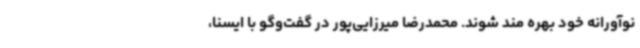
نوآورانه خود بهره مند شوند. محمدرضا میرزایی‌پور در گفت‌وگو با ایسنا،